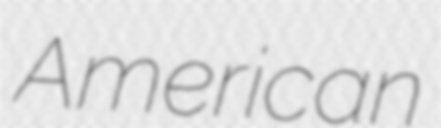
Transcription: American